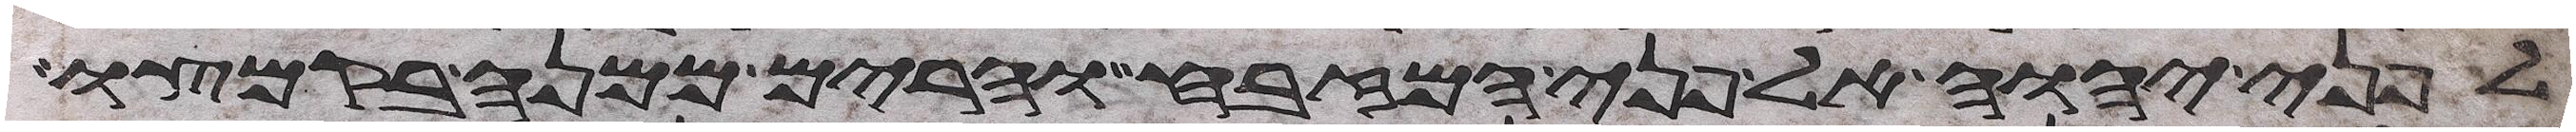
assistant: לפני יהוה אל פני המזבח והרים ממנה בקמצו